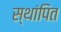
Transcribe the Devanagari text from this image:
स्थांपित